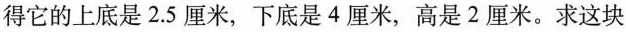
得它的上底是2.5厘米，下底是4厘米，高是2厘米。求这块